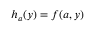
\quad h _ { a } ( y ) = f ( a , y ) \quad